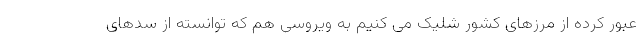
عبور کرده از مرزهای کشور شلیک می کنیم به ویروسی هم که توانسته از سدهای